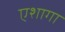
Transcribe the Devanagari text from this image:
एशागा